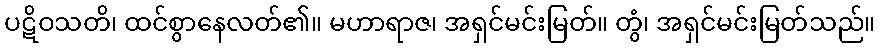
ပဋိဝသတိ၊ ထင်စွာနေလတ်၏။ မဟာရာဇ၊ အရှင်မင်းမြတ်။ တွံ၊ အရှင်မင်းမြတ်သည်။